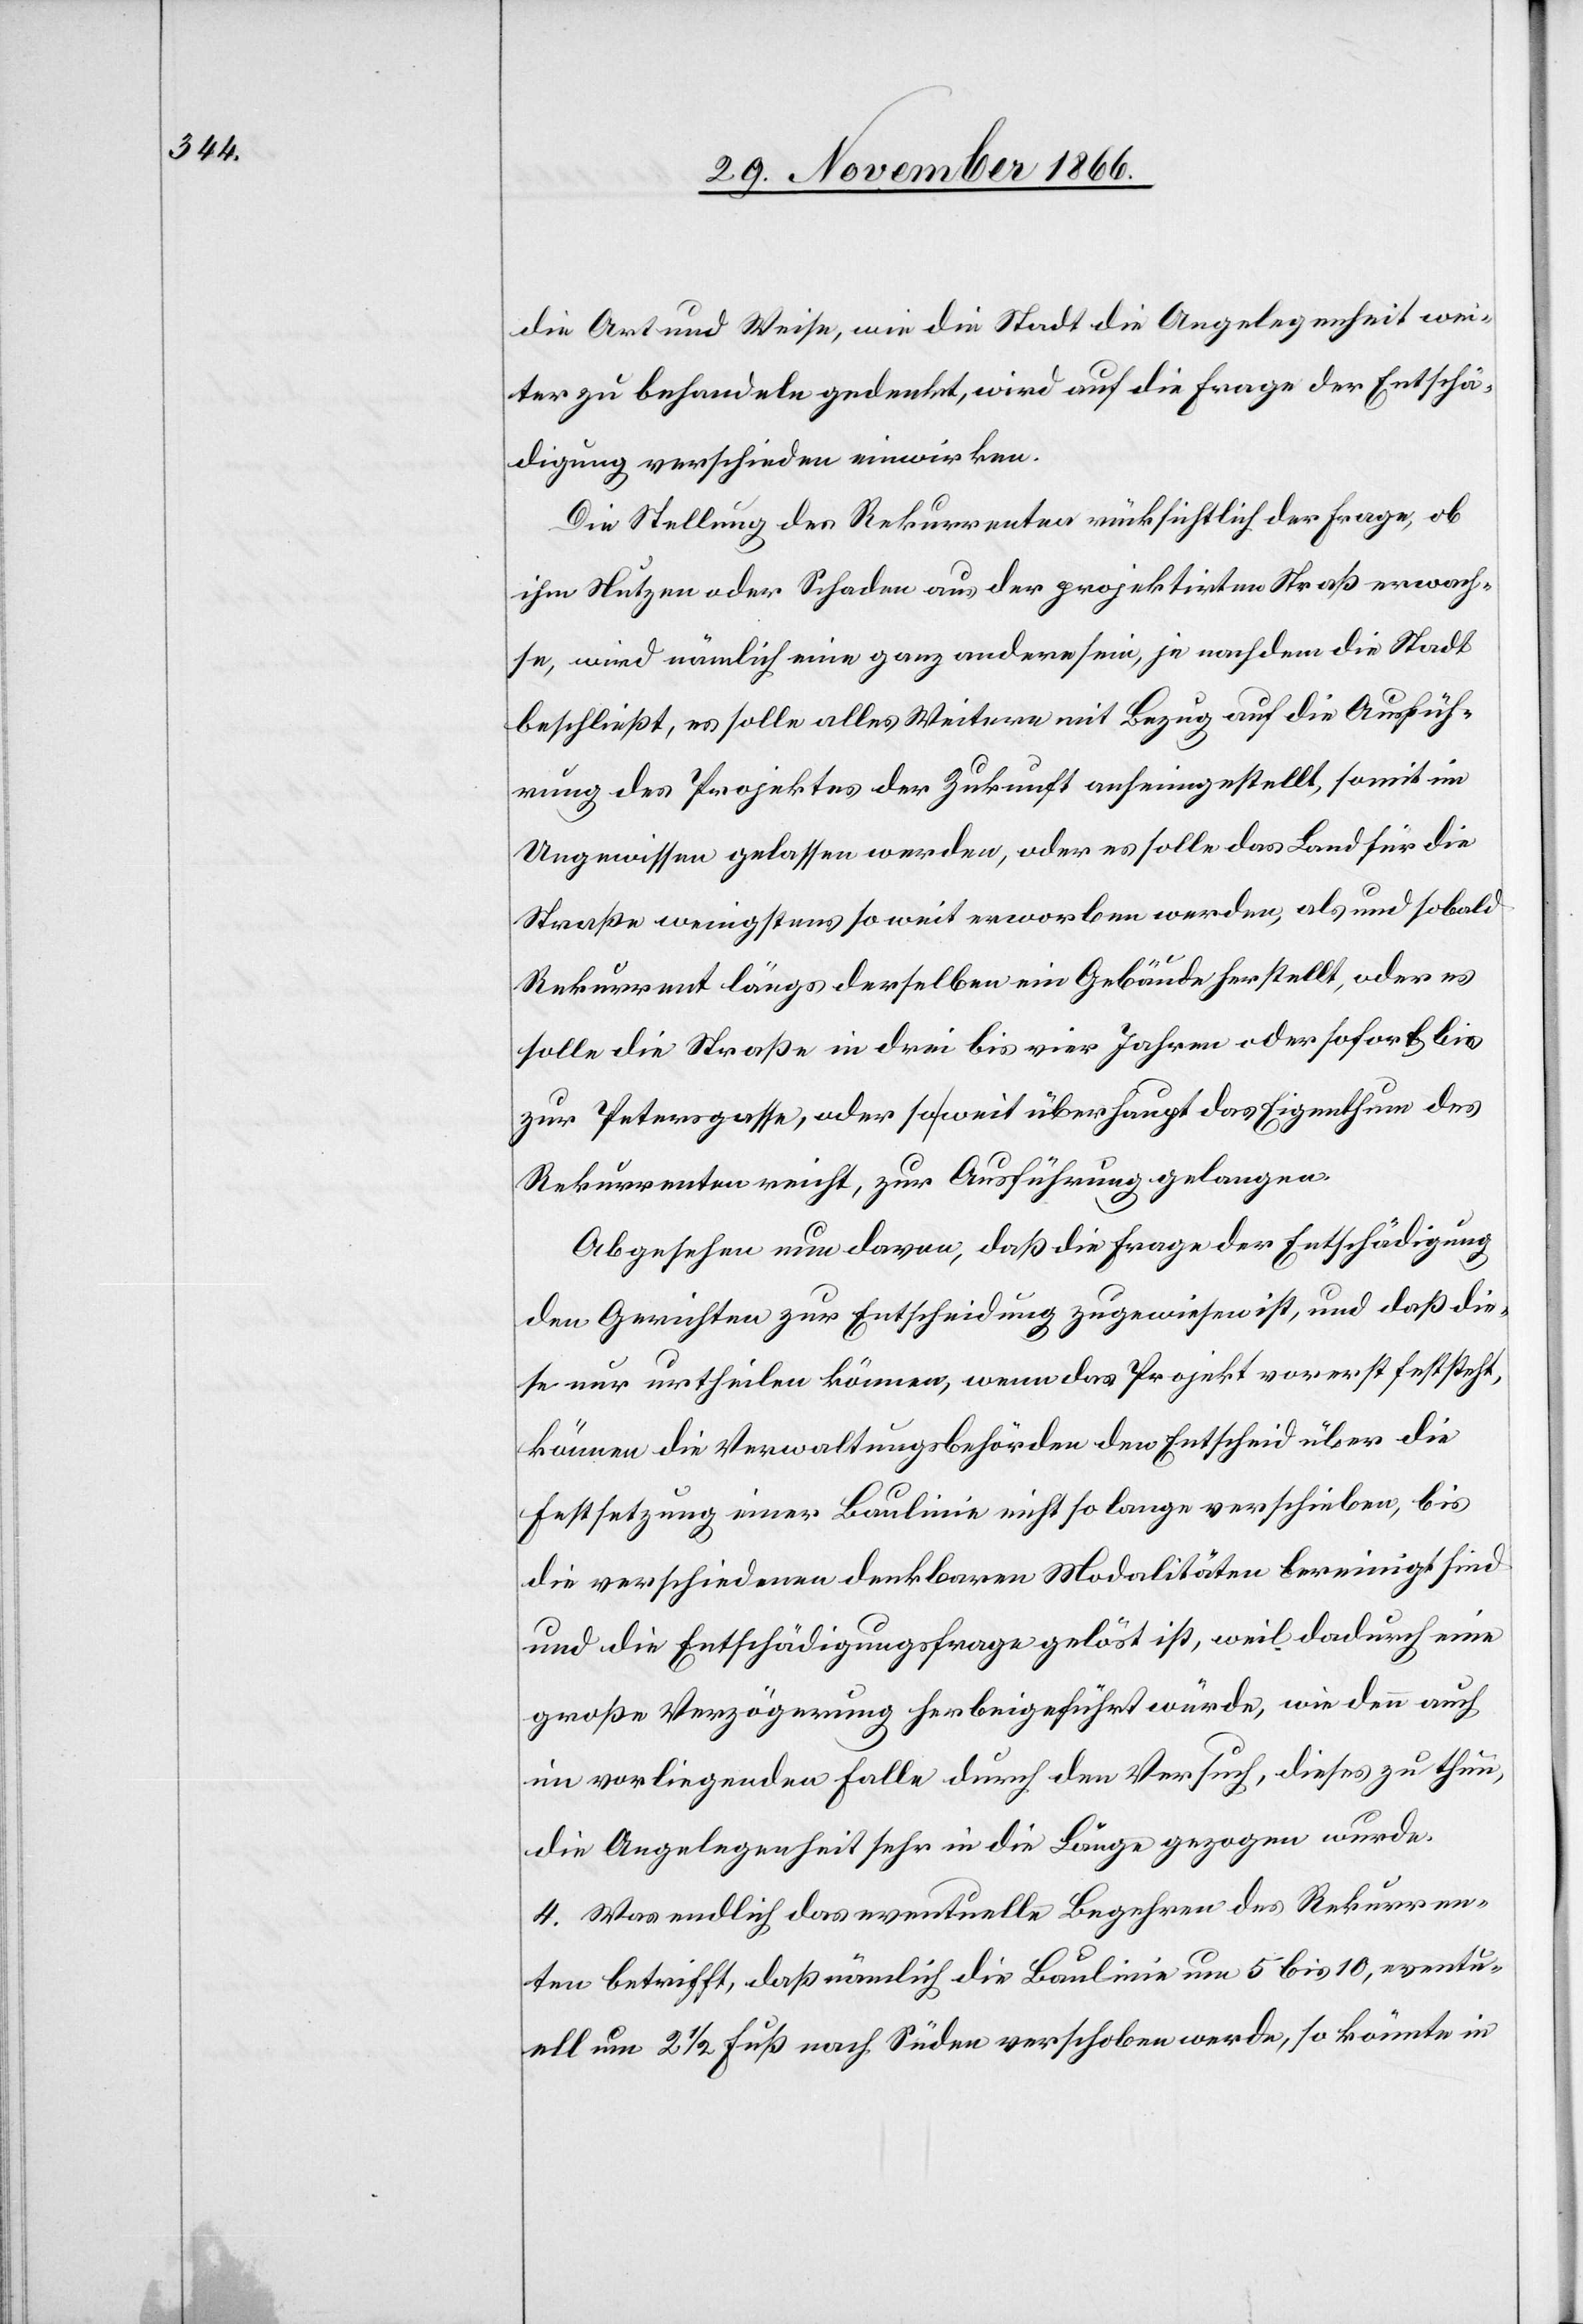
die Art und Weise, wie die Stadt die Angelegenheit wei¬
ter zu behandeln gedenkt, wird auf die Frage der Entschä¬
digung verschieden einwirken.
Die Stellung des Rekurrenten rücksichtlich der Frage, ob
ihm Nutzen oder Schaden aus der projektirten Straß[e] erwach¬
se, wird nämlich eine ganz andere sein, je nachdem die Stadt
beschließt, es solle alles Weitere mit Bezug auf die Ausfüh¬
rung des Projektes der Zukunft anheimgestellt, somit im
Ungewissen gelassen werden, oder es solle das Land für die
Straße wenigstens so weit erworben werden, als und sobald
Rekurrent längs derselben ein Gebäude herstellt, oder es
solle die Straße in drei bis vier Jahren oder sofort bis
zur Petersgasse, oder so weit überhaupt das Eigenthum des
Rekurrenten reicht, zur Ausführung gelangen.
Abgesehen nun davon, daß die Frage der Entschädigung
den Gerichten zur Entscheidung zugewiesen ist, und daß die¬
se nur urtheilen können, wenn das Projekt vorerst feststeht,
können die Verwaltungsbehörden den Entscheid über die
Festsetzung einer Baulinie nicht so lange verschieben, bis
die verschiedenen denkbaren Modalitäten bereinigt sind
und die Entschädigungsfrage gelöst ist, weil dadurch eine
große Verzögerung herbeigeführt würde, wie denn auch
im vorliegenden Falle durch den Versuch, dieses zu thun,
die Angelegenheit sehr in die Länge gezogen wurde.
4. Was endlich das eventuelle Begehren des Rekurren¬
ten betrifft, daß nämlich die Baulinie um 5 bis 10, eventu¬
ell um 2 1/2 Fuß nach Süden verschoben werde, so könnte in